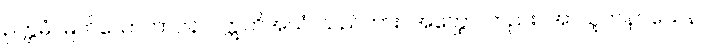
ဥတ္တမံ၊ မြတ်သောဘာဝနာ။ ဣတိအယံ၊ သည်ကား။ အတ္ထော၊ တည်း။ အာယူဟနဝသေန၊